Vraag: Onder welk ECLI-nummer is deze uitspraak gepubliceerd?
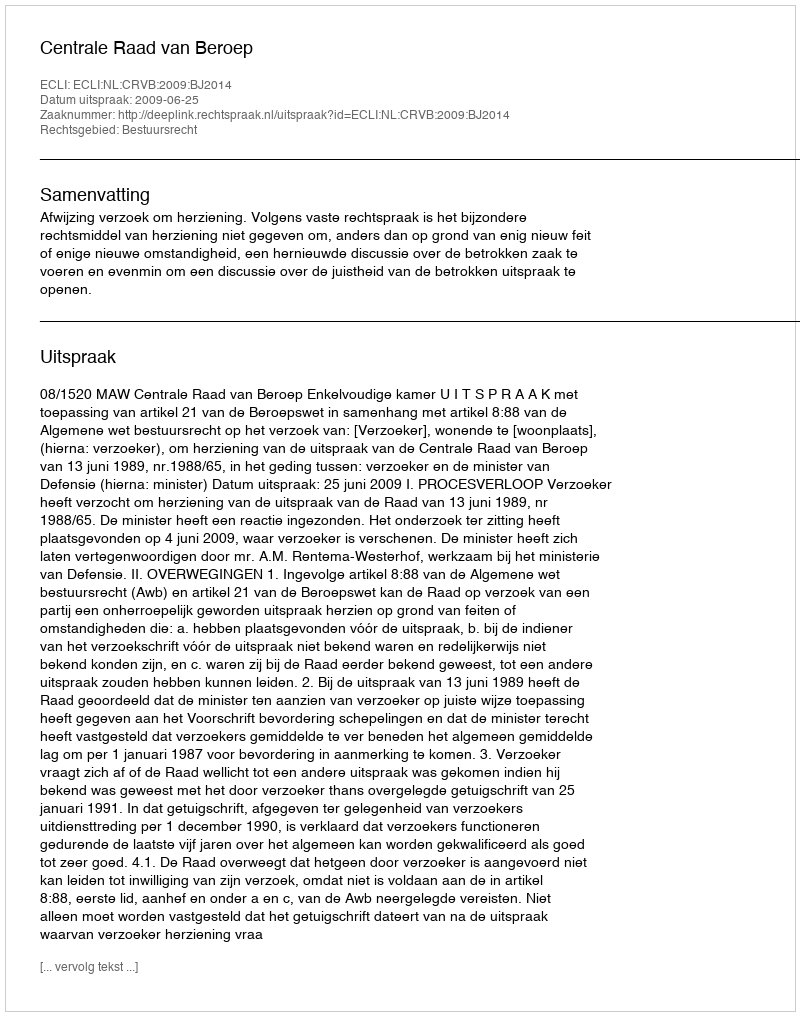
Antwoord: ECLI:NL:CRVB:2009:BJ2014